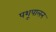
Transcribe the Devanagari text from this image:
पशूपालन